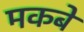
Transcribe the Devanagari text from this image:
मकबे